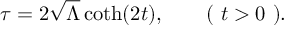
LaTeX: \tau = 2 \sqrt { \Lambda } \coth ( 2 t ) , \qquad ( \mathrm { ~ } t > 0 \mathrm { ~ } ) .